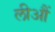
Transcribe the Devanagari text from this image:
लीआैं